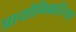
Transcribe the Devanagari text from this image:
प्रायोगिकरित्या